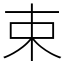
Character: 束